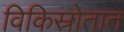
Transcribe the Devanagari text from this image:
विकिस्रोतात